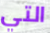
التي